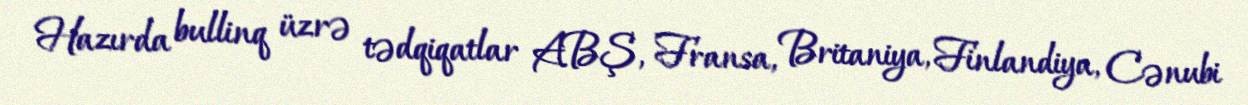
Hazırda bullinq üzrə tədqiqatlar ABŞ, Fransa, Britaniya, Finlandiya, Cənubi